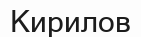
Кирилов